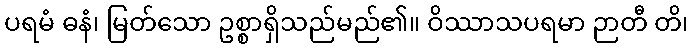
ပရမံ ဓနံ၊ မြတ်သော ဥစ္စာရှိသည်မည်၏။ ဝိဿာသပရမာ ဉာတီ တိ၊